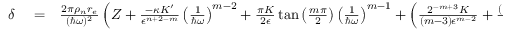
\begin{array} { r l r } { \delta } & { { } = } & { \frac { 2 \pi \rho _ { n } r _ { e } } { ( \hbar \omega ) ^ { 2 } } \left( Z + \frac { - \kappa K ^ { \prime } } { \epsilon ^ { n + 2 - m } } \left( \frac { 1 } { \hbar \omega } \right) ^ { m - 2 } + \frac { \pi K } { 2 \epsilon } \tan \left( \frac { m \pi } { 2 } \right) \left( \frac { 1 } { \hbar \omega } \right) ^ { m - 1 } + \left( \frac { 2 ^ { - m + 3 } K } { ( m - 3 ) \epsilon ^ { m - 2 } } + \frac { ( 1 - 2 ^ { - n + 3 } ) K ^ { \prime } } { ( n - 3 ) \epsilon ^ { n - 2 } } \right) \left( \frac { 1 } { \hbar \omega } \right) ^ { 2 } \right. } \end{array}